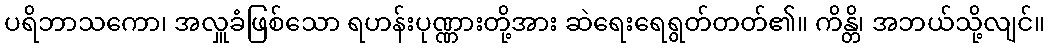
ပရိဘာသကော၊ အလှူခံဖြစ်သော ရဟန်းပုဏ္ဏားတို့အား ဆဲရေးရေရွတ်တတ်၏။ ကိန္တိ၊ အဘယ်သို့လျင်။